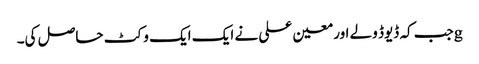
gجب کہ ڈیوڈ ولے اور معین علی نے ایک ایک وکٹ حاصل کی۔